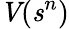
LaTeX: \textbf{\textit{V}}(\textbf{\textit{s}}^{n})